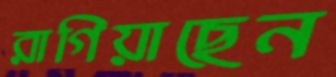
রাগিয়াছেন